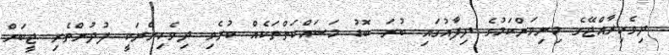
ދިވެހިރާއްޖޭގެ މިނިވަންކަމުގެ ދިފާއުގައި ބުރަ ބޮޑު މަސައްކަތްތަކެއް ކުރެވި ދިވެހިންނަކީ ފުދުންތެރި ޖީބަށް